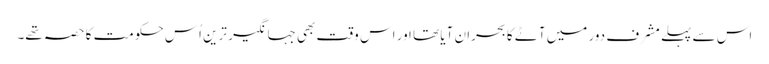
اس سے پہلے مشرف دور میں آٹے کا بحران آیا تھا اور اس وقت بھی جہانگیر ترین اُس حکومت کا حصہ تھے۔